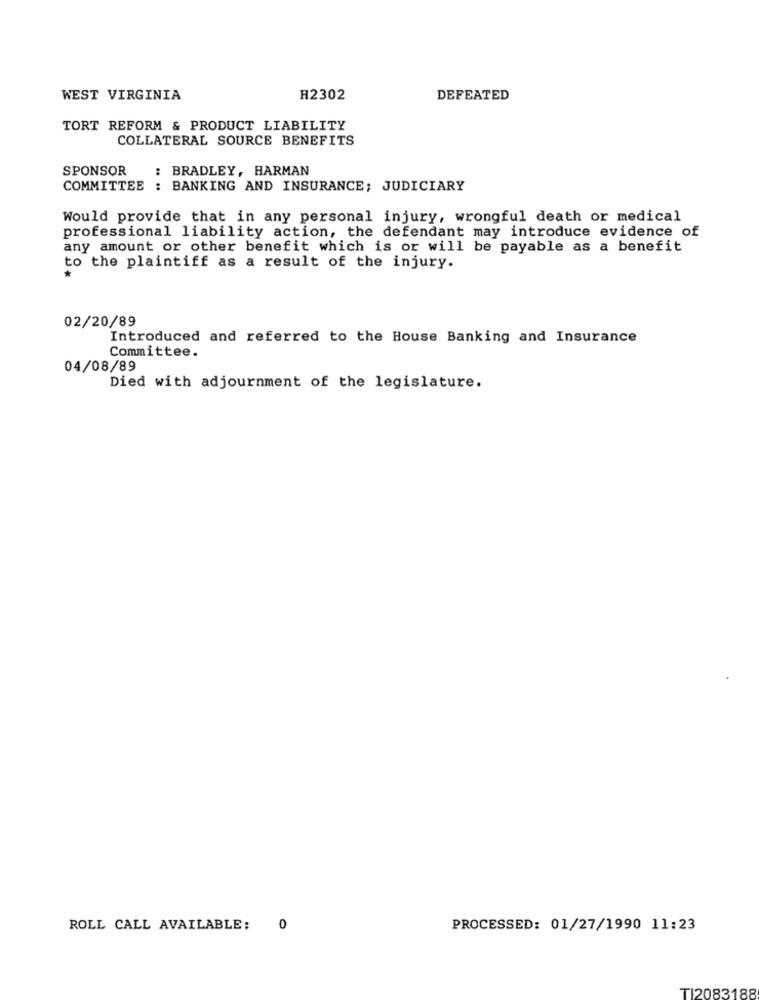
WEST VIRGINIA
H2302
DEFEATED
TORT REFORM & PRODUCT LIABILITY
COLLATERAL SOURCE BENEFITS
SPONSOR
: BRADLEY, HARMAN
COMMITTEE : BANKING AND INSURANCE; JUDICIARY
Would provide that in any personal injury, wrongful death or medical
professional liability action, the defendant may introduce evidence of
any amount or other benefit which is or will be payable as a benefit
to the plaintiff as a result of the injury.
02/20/89
Introduced and referred to the House Banking and Insurance
Committee.
04/08/89
Died with adjournment of the legislature.
ROLL CALL AVAILABLE:
0
PROCESSED: 01/27/1990 11:23
TI2083188